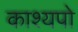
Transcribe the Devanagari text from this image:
काश्यपो